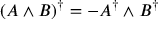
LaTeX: ( A \wedge B ) ^ { \dagger } = - A ^ { \dagger } \wedge B ^ { \dagger }